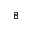
8